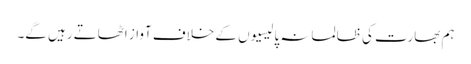
ہم بھارت کی ظالمانہ پالیسیوں کے خلاف آواز اٹھاتے رہیں گے۔